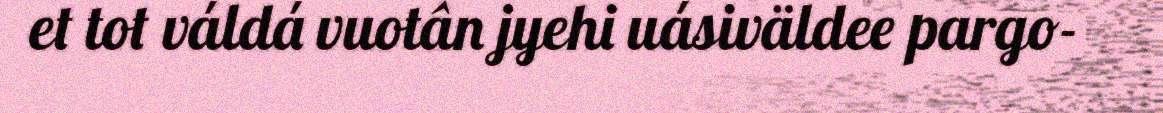
et tot váldá vuotân jyehi uásiväldee pargo-